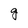
Character: g